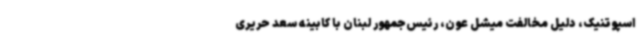
اسپوتنیک، دلیل مخالفت میشل عون، رئیس‌جمهور لبنان با کابینه سعد حریری